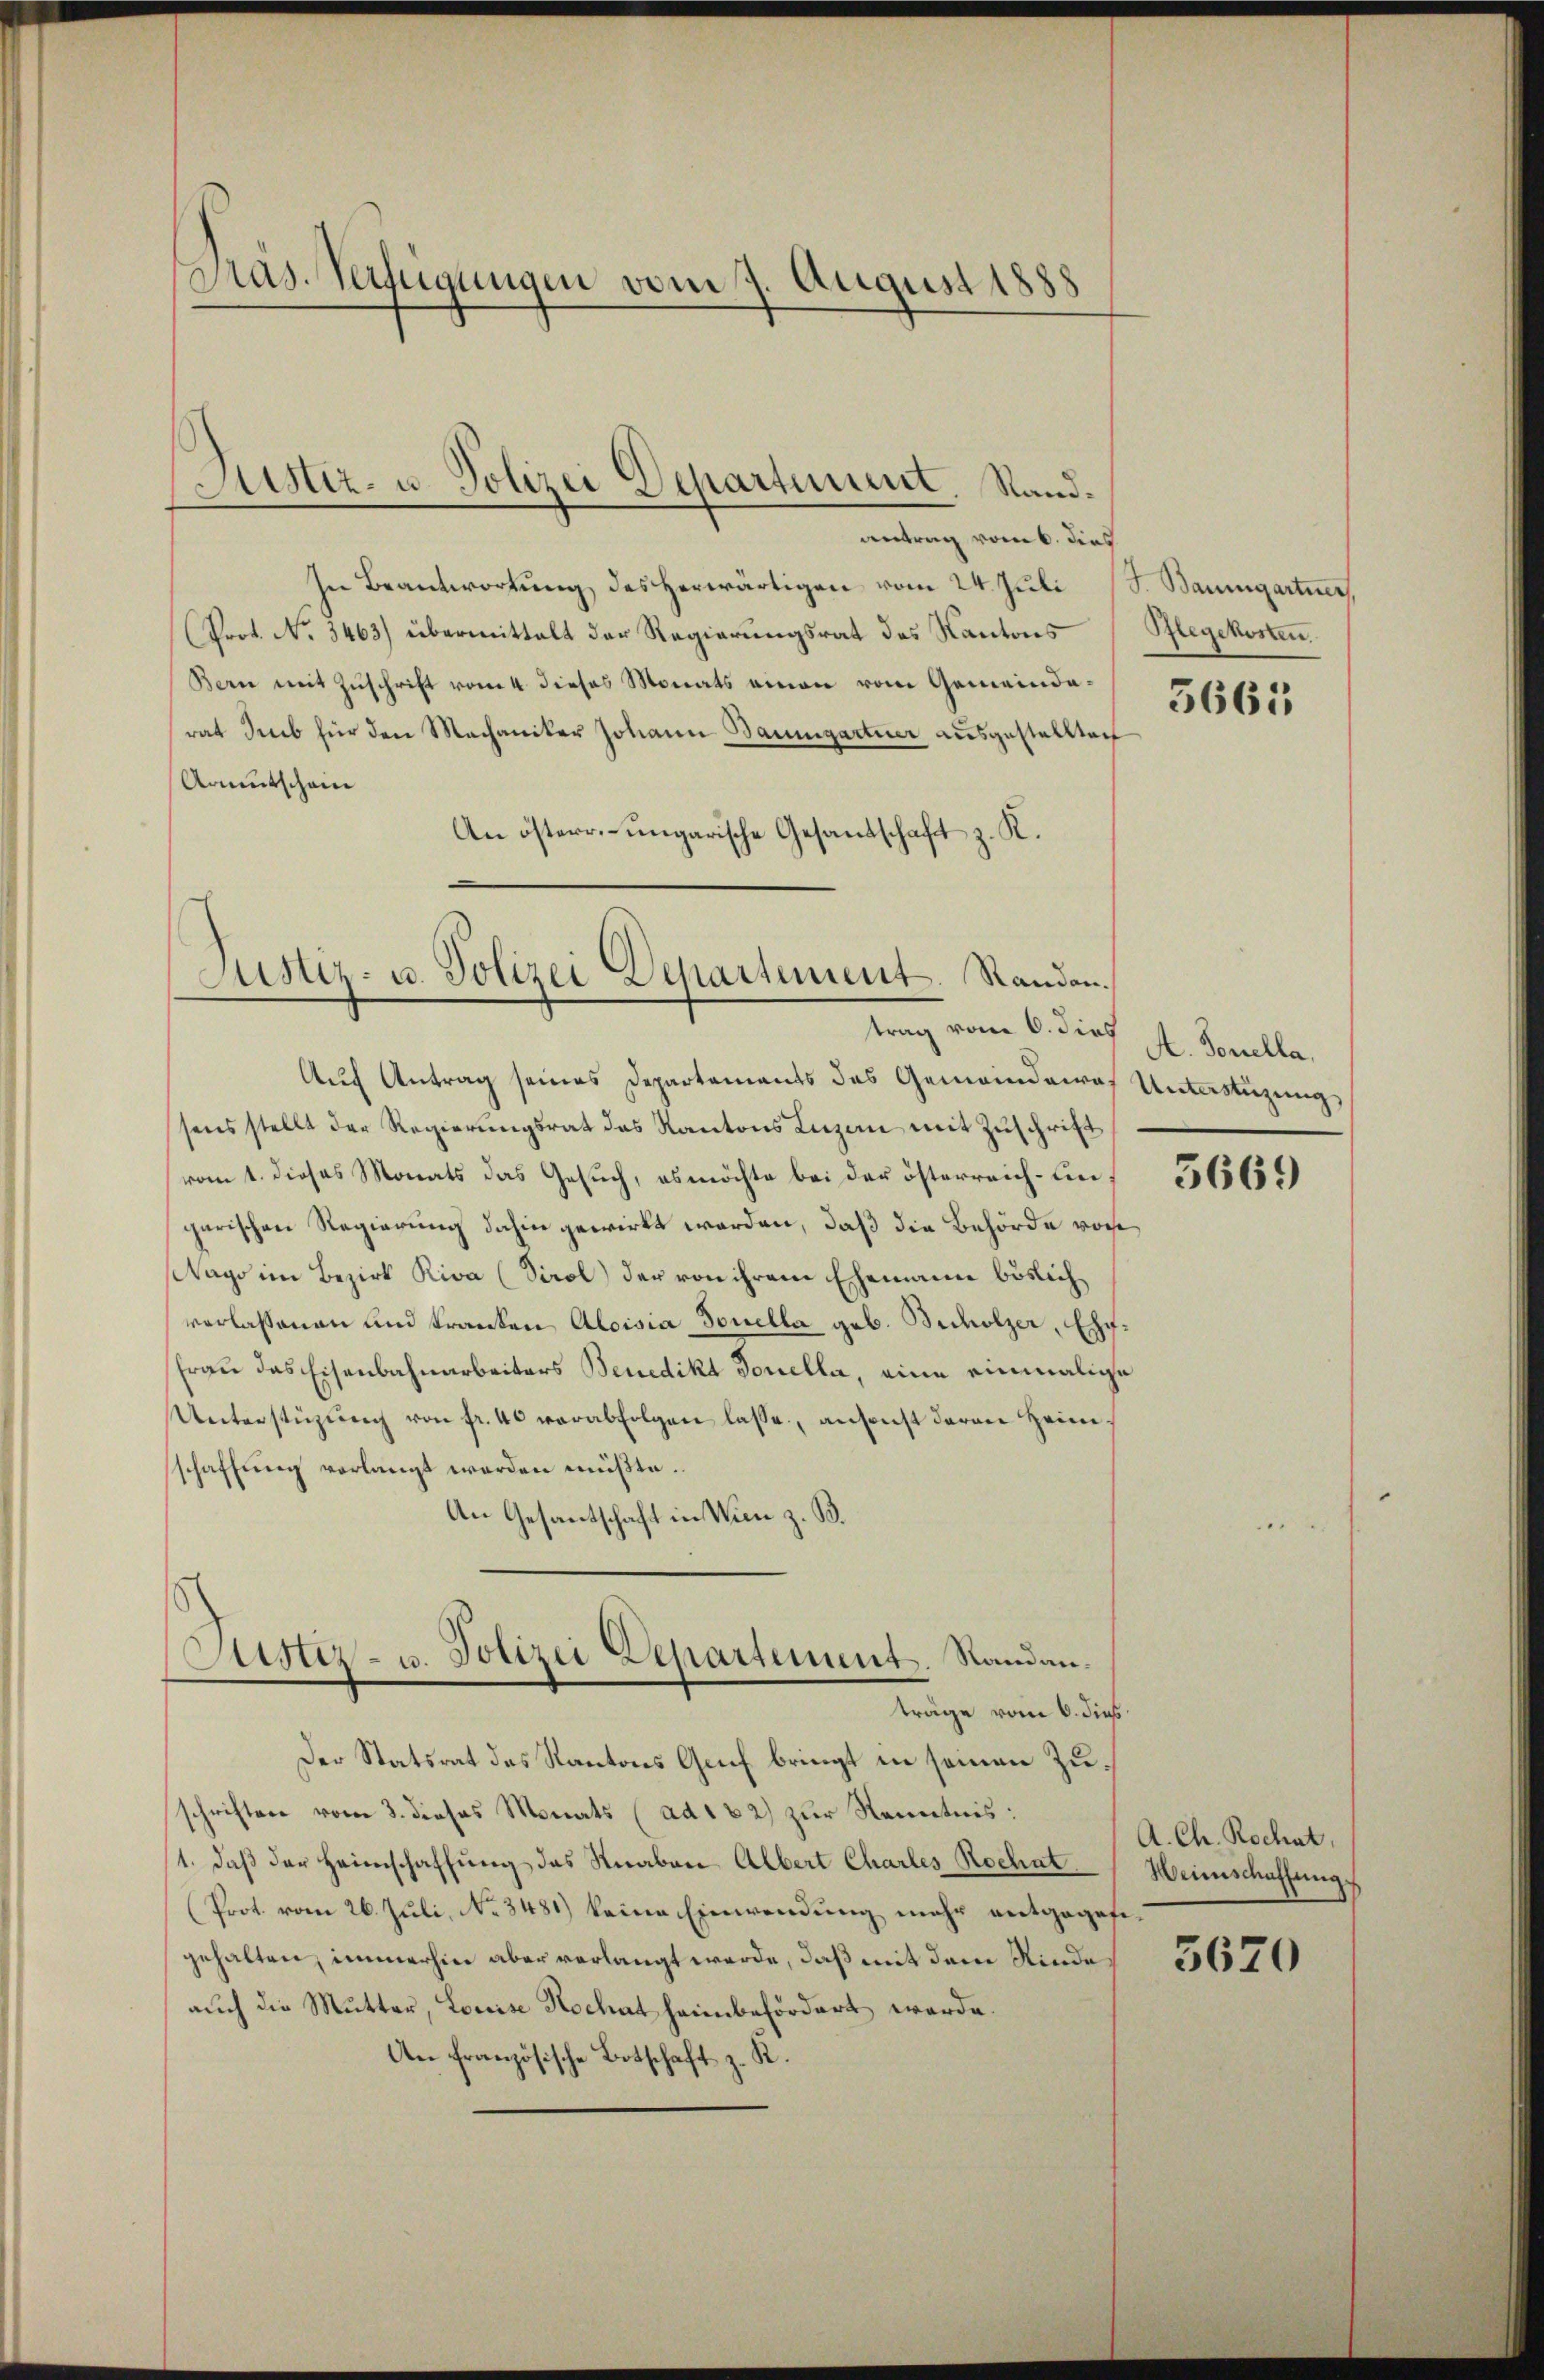
Präs. Verfügungen vom 7. August 1888

antrag vom 6. dies
In Beantwortŭng des herwärtigen vom 24. Juli (S. Baumgartner,
Prot. No. 3463) übermittelt der Regierungsrat des Kantons
Bern mit Zuschrift vom 4. dieses Monats einen vom Gemeindarat des für den Mechaniker Johann Baumgartner ausgestellten
Armutschein
An österr.-ungarische Gesandschaft z. K.

Justiz- u. Polizei Departement. Rand¬

Justiz- u. Polizei Departement. Randen.
trag vom 6. dies

Auch Antrag seines Departements des Gemeindewas Unterstüzung
sens stellt der Regierungsrat des Kantons Luzern mit Zuschrift
vom 1. dieses Monats das Gesuch, es möchte bei der österreich ungarischen Regierung dahin gewirkt werden, daß die Behörde von
Wage im Bezirk Riva (Tirol) der von ihrem Ehemann böslich
verlassenen und Franken Aloisia Tonella geb. Bicholzer, Ehr¬
Frau das Eisenbahnarbeiters Benedikt Tonella, eine einmalige
Unterstüzŭng von fr. 40 verabfolgen lasse, ansonst daran Heimschaffung verlangt werden müßte.
An Gesantschaft in Wien z. B.
Justiz- u. Polizei Departement. Randanträge vom 6. dieß
Der Statsrat des Kantons Genf bringt in seinen Zuschriften vom 3. dieses Monats (ad 1 2) zur Kenntnis:
1. daß der Heimschaffung des Knaben Albert Charles Rochat
(Prot. vom 26. Juli, No. 3481) keine Einwendung mehr entgegefigehalten, immerhin aber verlangt werde, daß mit dem Rinde
auch die Mutter, Louise Hochat heimbefördert werde.
An französische Botschaft z. R.

Pflegekosten.

5661

A. Jonella.

3669

A. Ch. Rochat,
Heinschaffung.

5620